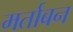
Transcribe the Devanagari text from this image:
मर्ताबन